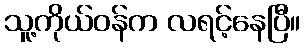
သူ့ကိုယ်ဝန်က လရင့်နေပြီ။